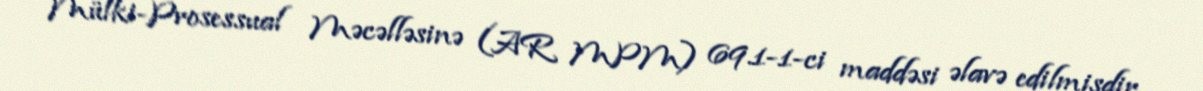
Mülki-Prosessual Məcəlləsinə (AR MPM) 69.1-1-ci maddəsi əlavə edilmişdir.